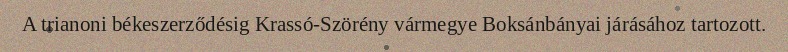
A trianoni békeszerződésig Krassó-Szörény vármegye Boksánbányai járásához tartozott.